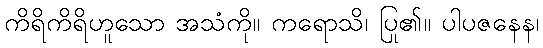
ကိရိကိရိဟူသော အသံကို။ ကရောသိ၊ ပြု၏။ ပါပဇနေန၊